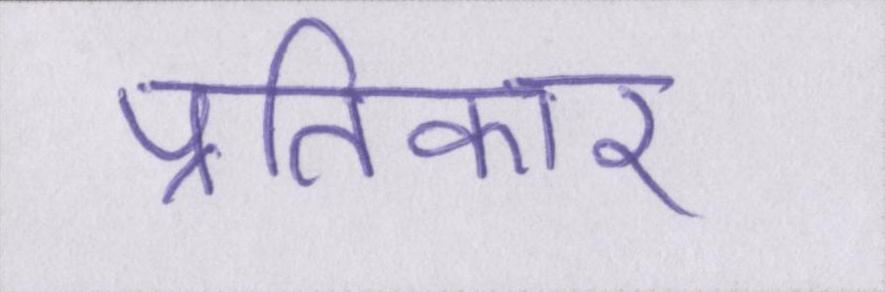
प्रतिकार